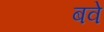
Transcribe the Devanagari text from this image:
बवे